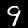
Digit: 9